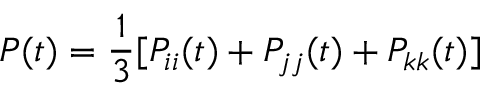
P ( t ) = \frac { 1 } { 3 } [ P _ { i i } ( t ) + P _ { j j } ( t ) + P _ { k k } ( t ) ]